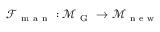
\mathcal { F } _ { \mathrm { ~ m ~ a ~ n ~ } } : \mathcal { M } _ { \mathrm { ~ G ~ } } \to \mathcal { M } _ { \mathrm { ~ n ~ e ~ w ~ } }